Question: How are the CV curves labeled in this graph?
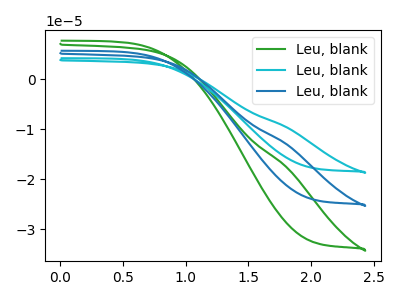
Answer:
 <answer>The green curve is labeled "Leu, blank1". The cyan curve is labeled "Leu, blank2". The blue curve is labeled "Leu, blank3".</answer>
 <eval></eval>